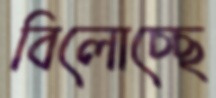
বিলোচ্ছে